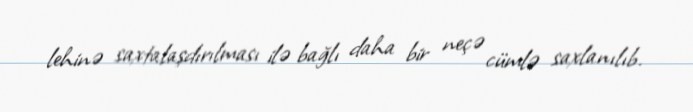
lehinə saxtalaşdırılması ilə bağlı daha bir neçə cümlə saxlanılıb.